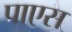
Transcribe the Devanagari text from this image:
पाएस